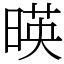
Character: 暎